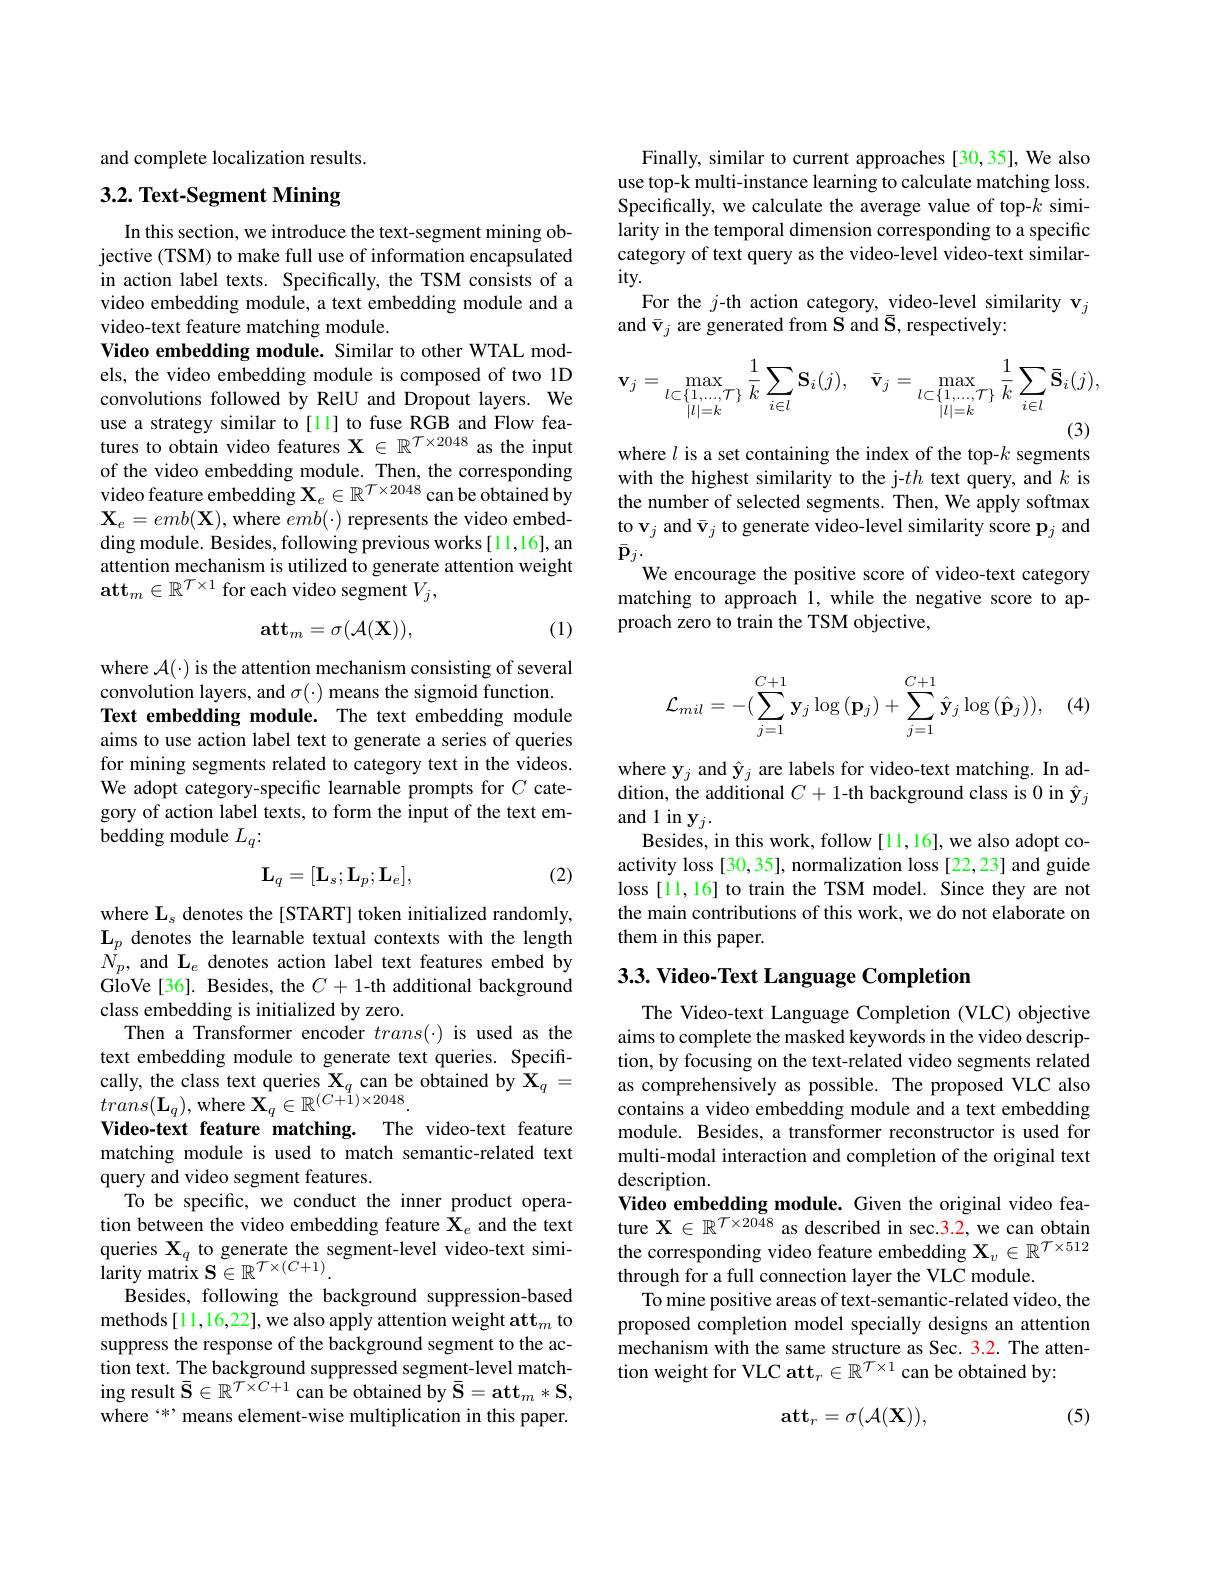
and complete localization results.

# 3.2. Text-Segment Mining

In this section, we introduce the text-segment mining objective (TSM) to make full use of information encapsulated in action label texts. Specifically, the TSM consists of a video embedding module, a text embedding module and a video-text feature matching module.
Video embedding module. Similar to other WTAL models, the video embedding module is composed of two 1D convolutions followed by RelU and Dropout layers. We use a strategy similar to[11] to fuse RGB and Flow features to obtain video features $\mathbf{X}\in\mathbb{R}^{\mathcal{T}\times2048}$ as the input of the video embedding module. Then, the corresponding video feature embedding $\mathbf{X}_e\in\mathbb{R}^{\mathcal{T}\times2048}$ can be obtained by $\mathbf{X}_{e}=emb(\mathbf{X})$,where $emb(\cdot)$ represents the video embedding module. Besides, following previous works[11,16], an attention mechanism is utilized to generate attention weight $\mathbf{att}_m\in\mathbb{R}^{\mathcal{T}\times1}$ for each video segment $V_j$,

(1)
$$\mathbf{att}_m=\sigma(\mathcal{A}(\mathbf{X})),$$
where $\mathcal{A}(\cdot)$ is the attention mechanism consisting of several convolution layers, and $\sigma(\cdot)$ means the sigmoid function. Text embedding module. The text embedding module aims to use action label text to generate a series of queries for mining segments related to category text in the videos. We adopt category-specific learnable prompts for $C$ category of action label texts, to form the input of the text embedding module $L_q{:}$

(2)
$$\mathbf{L}_{q}=[\mathbf{L}_{s};\mathbf{L}_{p};\mathbf{L}_{e}],$$
where $\mathbf{L}_s$ denotes the token initialized randomly, $\mathbf{L}_{p}$ denotes the learnable textual contexts with the length $N_{p}$, and L$_e$ denotes action label text features embed by GloVe[36]. Besides, the $C+1$-th additional background class embedding is initialized by zero.
Then a Transformer encoder $trans(\cdot)$ is used as the text embedding module to generate text queries. Specifically, the class text queries $\mathbf{X}_q$ can be obtained by $\mathbf{X}_q=$ $trans(\mathbf{L}_{q})$,where $\mathbf{X}_q\in\mathbb{R}^{(C+1)\times2048}.$
Video-text feature matching. The video-text feature matching module is used to match semantic-related text query and video segment features.
To be specific, we conduct the inner product operation between the video embedding feature X$_e$ and the text queries $\mathbf{X}_q$ to generate the segment-level video-text simi- $\hat{\text{larity matrix S}}\in\mathbb{R}^{\mathcal{T}\times(C+1)}.$
Besides, following the background suppression-based methods[11,16,22], we also apply attention weight att$_m$ to suppress the response of the background segment to the action text. The background suppressed segment-level matching result $\bar{\mathbf{S}}\in\mathbb{R}^{T\times C+1}$ can be obtained by $\bar{\mathbf{S}}=\mathbf{att}_m*\mathbf{S}$, where `*, means element-wise multiplication in this paper.

Finally, similar to current approaches [30,35], We also use top-k multi-instance learning to calculate matching loss. Specifically, we calculate the average value of top-$k$ similarity in the temporal dimension corresponding to a specific category of text query as the video-level video-text similar- $ity.$
For the $j$-th action category, video-level similarity $\mathbf{v}_j$
and $\bar{\mathbf{v}}_j$ are generated from S and $\bar{\mathbf{S}}$, respectively:
$$\mathbf{v}_{j}=\max_{\substack{l\subset\{1,\ldots,T\}\\|l|=k}}\frac{1}{k}\sum_{i\in l}\mathbf{S}_{i}(j),\quad\bar{\mathbf{v}}_{j}=\max_{\substack{l\subset\{1,\ldots,T\}\\|l|=k}}\frac{1}{k}\sum_{i\in l}\bar{\mathbf{S}}_{i}(j),$$
(3)

where $l$ is a set containing the index of the top-$k$ segments with the highest similarity to the j-$th$ text query, and $k$ is the number of selected segments. Then, We apply softmax to v$\mathbf{v}_j$ and $\bar{\mathbf{v}}_j$ to generate video-level similarity score p$_j$ and $\bar{\mathbf{p}}_{j}.$
We encourage the positive score of video-text category matching to approach 1, while the negative score to approach zero to train the TSM objective,
$$\mathcal{L}_{mil}=-(\sum_{j=1}^{C+1}\mathbf{y}_{j}\log{(\mathbf{p}_{j})}+\sum_{j=1}^{C+1}\hat{\mathbf{y}}_{j}\log{(\hat{\mathbf{p}}_{j})}),$$
(4

where y$_j$ and $\hat{\mathbf{y}}_j$ are labels for video-text matching. In addition, the additional $C+1$-th background class is 0 in $\hat{\mathbf{y}}_j$ $\operatorname{and}_{\textbf{ P}}$1 in $\mathbf{y}_j.$
Besides, in this work, follow [11,16], we also adopt coactivity loss [30,35], normalization loss [22,23] and guide loss[11,16] to train the TSM model. Since they are not the main contributions of this work, we do not elaborate on them in this paper.

# 3.3. Video- Text Language Completion

The Video-text Language Completion (VLC) objective aims to complete the masked keywords in the video description, by focusing on the text-related video segments related as comprehensively as possible. The proposed VLC also contains a video embedding module and a text embedding module. Besides, a transformer reconstructor is used for multi-modal interaction and completion of the original text description.
Video embedding module. Given the original video feature $\mathbf{X}\in\mathbb{R}^{\mathcal{T}\times2048}$ as described in sec.3.2, we can obtain the corresponding video feature embedding $\mathbf{X}_v\in\mathbb{R}^{\mathcal{T}\times512}$ through for a full connection layer the VLC module.
To mine positive areas of text-semantic-related video, the proposed completion model specially designs an attention mechanism with the same structure as Sec. 3.2. The attention weight for VLC att$\mathrm t_r\in\mathbb{R}^{\mathcal{T}\times1}$ can be obtained by:

(5)
$$\mathbf{att}_r=\sigma(\mathcal{A}(\mathbf{X})),$$